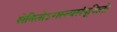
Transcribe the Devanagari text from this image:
सेवितोऽगस्त्यसंपूजितो